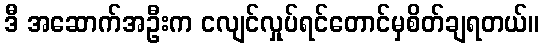
ဒီ အဆောက်အဦးက ငလျင်လှုပ်ရင်တောင်မှစိတ်ချရတယ်။